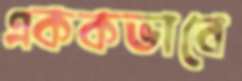
এককভাবে